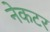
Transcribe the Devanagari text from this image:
नेकटर